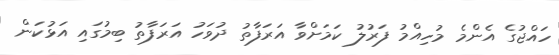
ހައްޖުގެ އެންމެ މުހިއްމު ފަރުލު ކަމަށްވާ އަރަފާތު ދުވަހު އަރަފާތު ބިމުގައި އަޅުކަން